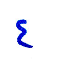
٤